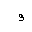
Letter: _waw